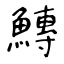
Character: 鱄